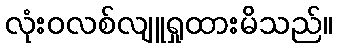
လုံးဝလစ်လျူရှုထားမိသည်။